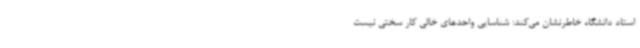
استاد دانشگاه خاطرنشان می‌کند: شناسایی واحدهای خالی کار سختی نیست